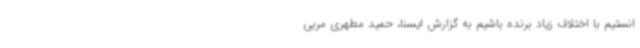
انستیم با اختلاف زیاد برنده باشیم به گزارش ایسنا، حمید مطهری مربی